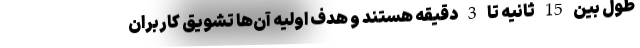
طول بین 15 ثانیه تا 3 دقیقه هستند و هدف اولیه آن‌ها تشویق کاربران